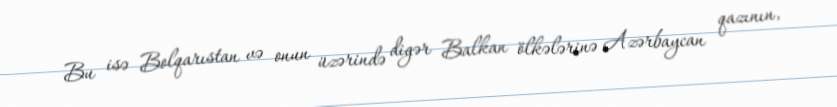
Bu isə Bolqarıstan və onun üzərində digər Balkan ölkələrinə Azərbaycan qazının,